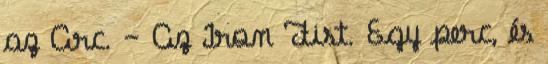
az Arc. – Az Iron Fist. Egy perc, és